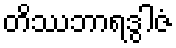
တိဿဘာရဒွါဇံ